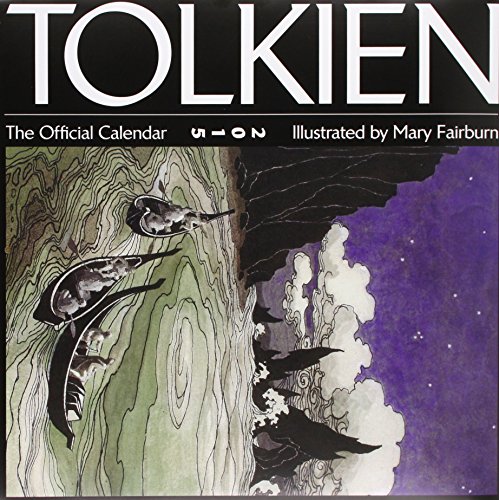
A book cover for Tolkien Calendar 2015: The Hobbit; Calendars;